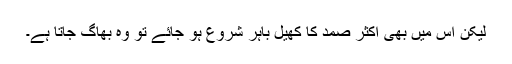
لیکن اس میں بھی اکثر صمد کا کھیل باہر شروع ہو جائے تو وہ بھاگ جاتا ہے۔